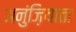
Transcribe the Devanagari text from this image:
अनुंज़ियाता